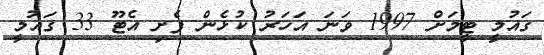
ގައުމީ ޓީމަށް 1997 ވަނަ އަހަރު ކުޅެން ފެށި އެޓޫ 33 ގައުމީ